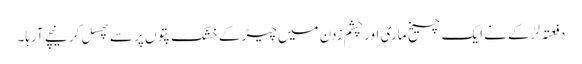
دفعتہً لڑکے نے ایک چیخ ماری اور چشم زدن میں چیڑ کے خشک پتوں پر سے پھسل کر نیچے آرہا۔